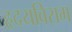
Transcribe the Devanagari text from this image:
हृदयविराम